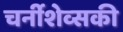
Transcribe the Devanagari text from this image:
चर्नीशेव्सकी